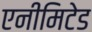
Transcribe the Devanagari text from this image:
एनीमिटेड